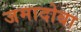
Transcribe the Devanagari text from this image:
जमादोबा